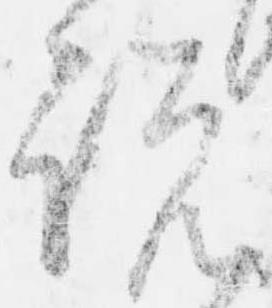
説